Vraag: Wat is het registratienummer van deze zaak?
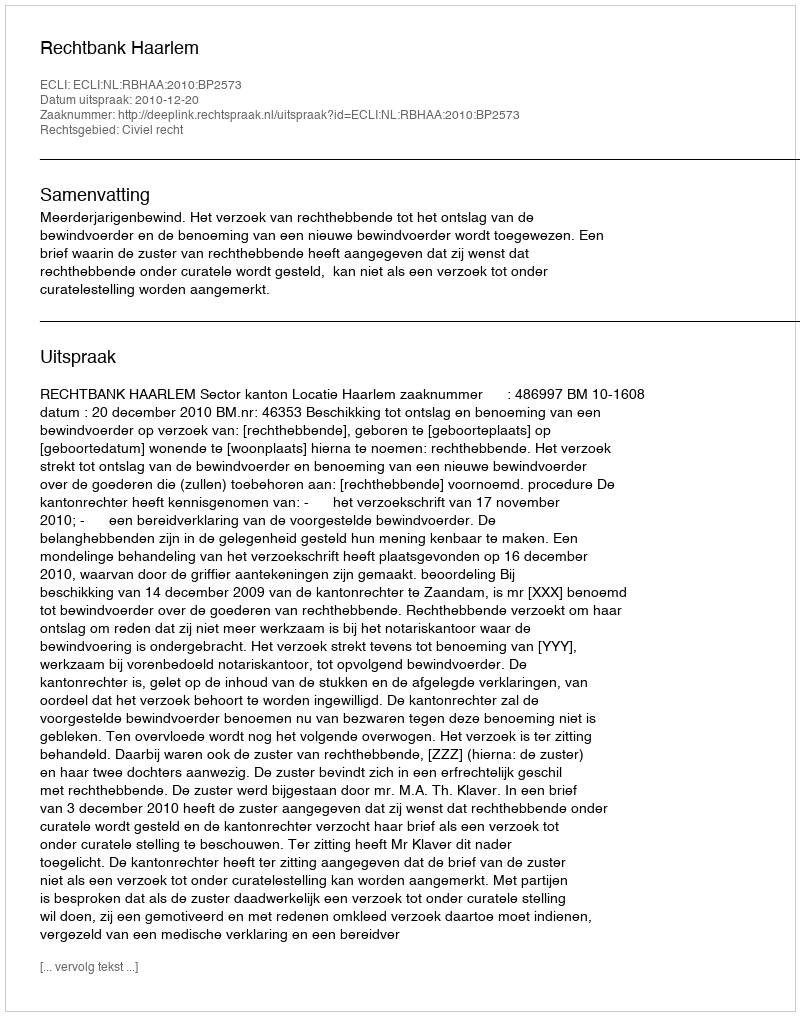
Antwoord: http://deeplink.rechtspraak.nl/uitspraak?id=ECLI:NL:RBHAA:2010:BP2573